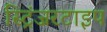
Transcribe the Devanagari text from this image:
स्ट्रिंजरटाइप